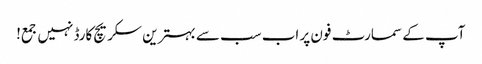
آپ کے سمارٹ فون پر اب سب سے بہترین سکریچ کارڈ نہیں جمع!